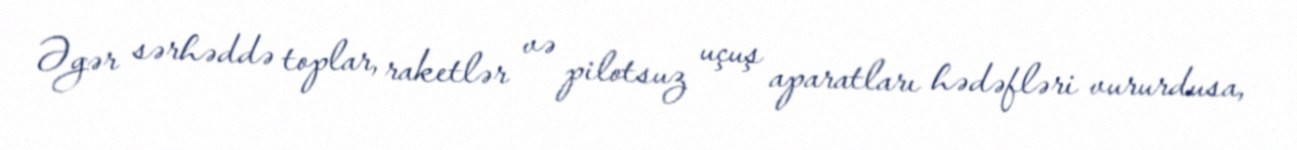
Əgər sərhəddə toplar, raketlər və pilotsuz uçuş aparatları hədəfləri vururdusa,